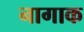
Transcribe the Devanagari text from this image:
नागाक